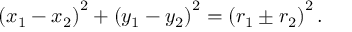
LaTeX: \left( x _ { 1 } - x _ { 2 } \right) ^ { 2 } + \left( y _ { 1 } - y _ { 2 } \right) ^ { 2 } = \left( r _ { 1 } \pm r _ { 2 } \right) ^ { 2 } .